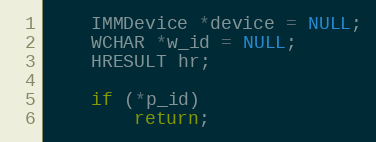
Language: C
	IMMDevice *device = NULL;
	WCHAR *w_id = NULL;
	HRESULT hr;

	if (*p_id)
		return;